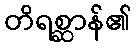
တိရစ္ဆာန်၏